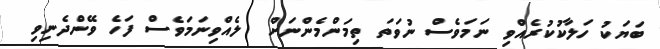
ބަޔަކު ހަލާކުކުރެއްވި ނަމަވެސް ނުވަތަ ތިމަންމެންނަށް  ލެއްވިނަމަވެސް ފަހެ ވޭންދެނިވި